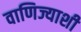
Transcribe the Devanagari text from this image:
वाणिज्याशी